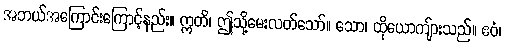
အဘယ်အကြောင်းကြောင့်နည်း။ ဣတိ၊ ဤသို့မေးလတ်သော်။ သော၊ ထိုယောကျ်ားသည်။ ဧဝံ၊